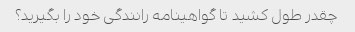
چقدر طول کشید تا گواهینامه رانندگی خود را بگیرید؟